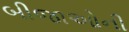
બીજાઓની